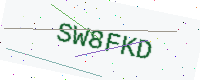
Text: SW8FKD